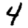
Digit: 4